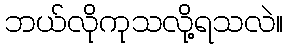
ဘယ်လိုကုသလို့ရသလဲ။